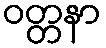
ဝတ္တနာ